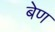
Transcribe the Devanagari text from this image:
बेण